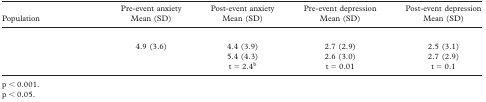
<table><thead><tr><td><b>Population</b></td><td><b>Pre-event anxiety Mean (SD)</b></td><td><b>Post-event anxiety Mean (SD)</b></td><td><b>Pre-event depression Mean (SD)</b></td><td><b>Post-event depression Mean (SD)</b></td></tr></thead><tbody><tr><td colspan="5">[EMPTY_CELL]</td></tr><tr><td>[EMPTY_CELL]</td><td>4.9 (3.6)</td><td>4.4 (3.9)</td><td>2.7 (2.9)</td><td>2.5 (3.1)</td></tr><tr><td>[EMPTY_CELL]</td><td>[EMPTY_CELL]</td><td>5.4 (4.3)</td><td>2.6 (3.0)</td><td>2.7 (2.9)</td></tr><tr><td>[EMPTY_CELL]</td><td>[EMPTY_CELL]</td><td>t = 2.4<sup>b</sup></td><td>t = 0.01</td><td>t = 0.1</td></tr></tbody></table>